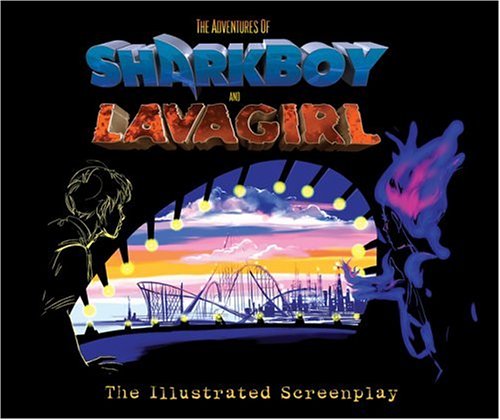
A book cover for The Adventures of Sharkboy and Lavagirl: The Illustrated Screenplay; Robert Rodriguez; Teen & Young Adult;